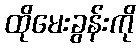
ထိုမေးခွန်းကို